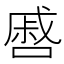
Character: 㗤